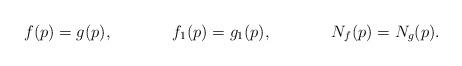
LaTeX: \begin{align*} f(p)&= g(p), & f_1 (p) &= g_1(p), & N_f (p) &= N_g(p).\end{align*}